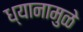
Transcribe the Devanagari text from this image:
ध्यानामुळे